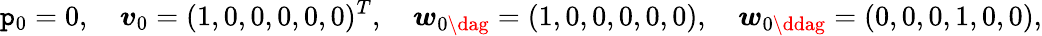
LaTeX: \mathtt{p}_{0}=0,\quad\boldsymbol{v}_{0}=(1,0,0,0,0,0)^{T},\quad\boldsymbol{w}_{0\dag}=(1,0,0,0,0,0),\quad\boldsymbol{w}_{0\ddag}=(0,0,0,1,0,0),